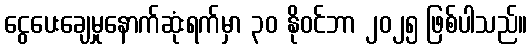
ငွေပေးချေမှုနောက်ဆုံးရက်မှာ ၃၀ နိုဝင်ဘာ ၂၀၂၅ ဖြစ်ပါသည်။